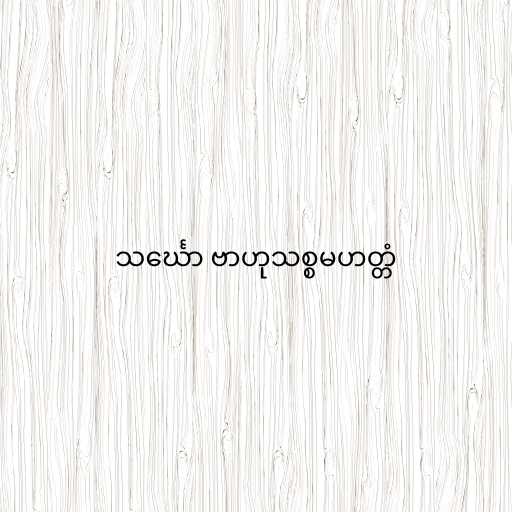
သင်္ဃော ဗာဟုသစ္စမဟတ္တံ